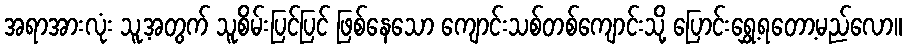
အရာအားလုံး သူ့အတွက် သူစိမ်းပြင်ပြင် ဖြစ်နေသော ကျောင်းသစ်တစ်ကျောင်းသို့ ပြောင်းရွှေ့ရတော့မည်လော။